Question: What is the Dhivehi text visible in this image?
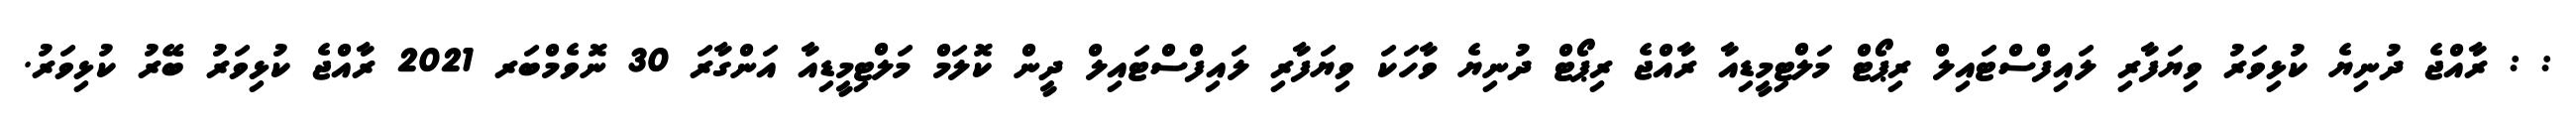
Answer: : : ރާއްޖެ ދުނިޔެ ކުޅިވަރު ވިޔަފާރި ލައިފްސްޓައިލް ރިޕޯޓް މަލްޓިމީޑިއާ ރާއްޖެ ރިޕޯޓް ދުނިޔެ ވާހަކަ ވިޔަފާރި ލައިފްސްޓައިލް ދީން ކޮލަމް މަލްޓިމީޑިއާ އަންގާރަ 30 ނޮވެމްބަރ 2021 ރާއްޖެ ކުޅިވަރު ބޭރު ކުޅިވަރު.